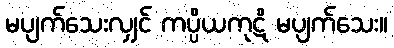
မပျက်သေးလျှင် ကပ္ပိယကုဋိ မပျက်သေး။